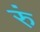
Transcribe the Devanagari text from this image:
रुं